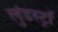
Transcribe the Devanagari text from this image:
लुंडस्ट्राॅ